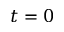
t = 0